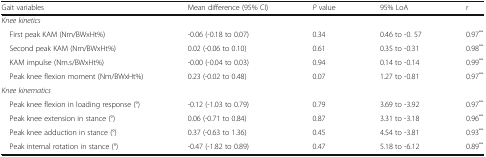
| Gait variables | Mean difference (95% CI) | P value | 95% LoA | r |
 | --- | --- | --- | --- | --- |
 | <COLSPAN=5> Knee kinetics |
 | First peak KAM (Nm/BWxHt%) | -0.06 (-0.18 to 0.07) | 0.34 | 0.46 to -0. 57 | 0.97** |
 | Second peak KAM (Nm/BWxHt%) | 0.02 (-0.06 to 0.10) | 0.61 | 0.35 to -0.31 | 0.98** |
 | KAM impulse (Nm.s/BWxHt%) | -0.00 (-0.04 to 0.03) | 0.94 | 0.14 to -0.14 | 0.99** |
 | Peak knee flexion moment (Nm/BWxHt%) | 0.23 (-0.02 to 0.48) | 0.07 | 1.27 to -0.81 | 0.97** |
 | <COLSPAN=5> Knee kinematics |
 | Peak knee flexion in loading response (°) | -0.12 (-1.03 to 0.79) | 0.79 | 3.69 to -3.92 | 0.97** |
 | Peak knee extension in stance (°) | 0.06 (-0.71 to 0.84) | 0.87 | 3.31 to -3.18 | 0.96** |
 | Peak knee adduction in stance (°) | 0.37 (-0.63 to 1.36) | 0.45 | 4.54 to -3.81 | 0.93** |
 | Peak internal rotation in stance (°) | -0.47 (-1.82 to 0.89) | 0.47 | 5.18 to -6.12 | 0.89** |